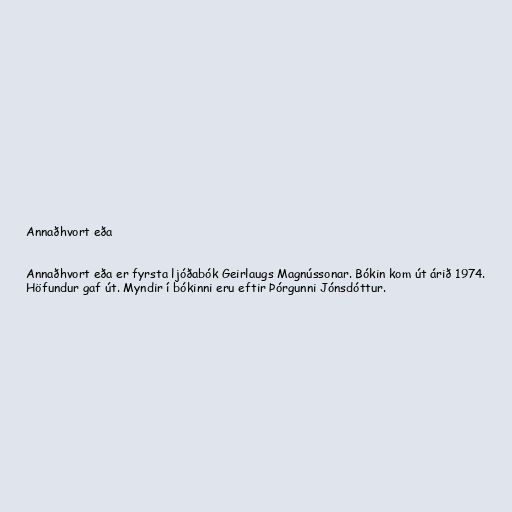
Annaðhvort eða

Annaðhvort eða er fyrsta ljóðabók Geirlaugs Magnússonar. Bókin kom út árið 1974.
Höfundur gaf út. Myndir í bókinni eru eftir Þórgunni Jónsdóttur.